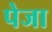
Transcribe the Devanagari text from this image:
पेजा